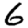
Digit: 6